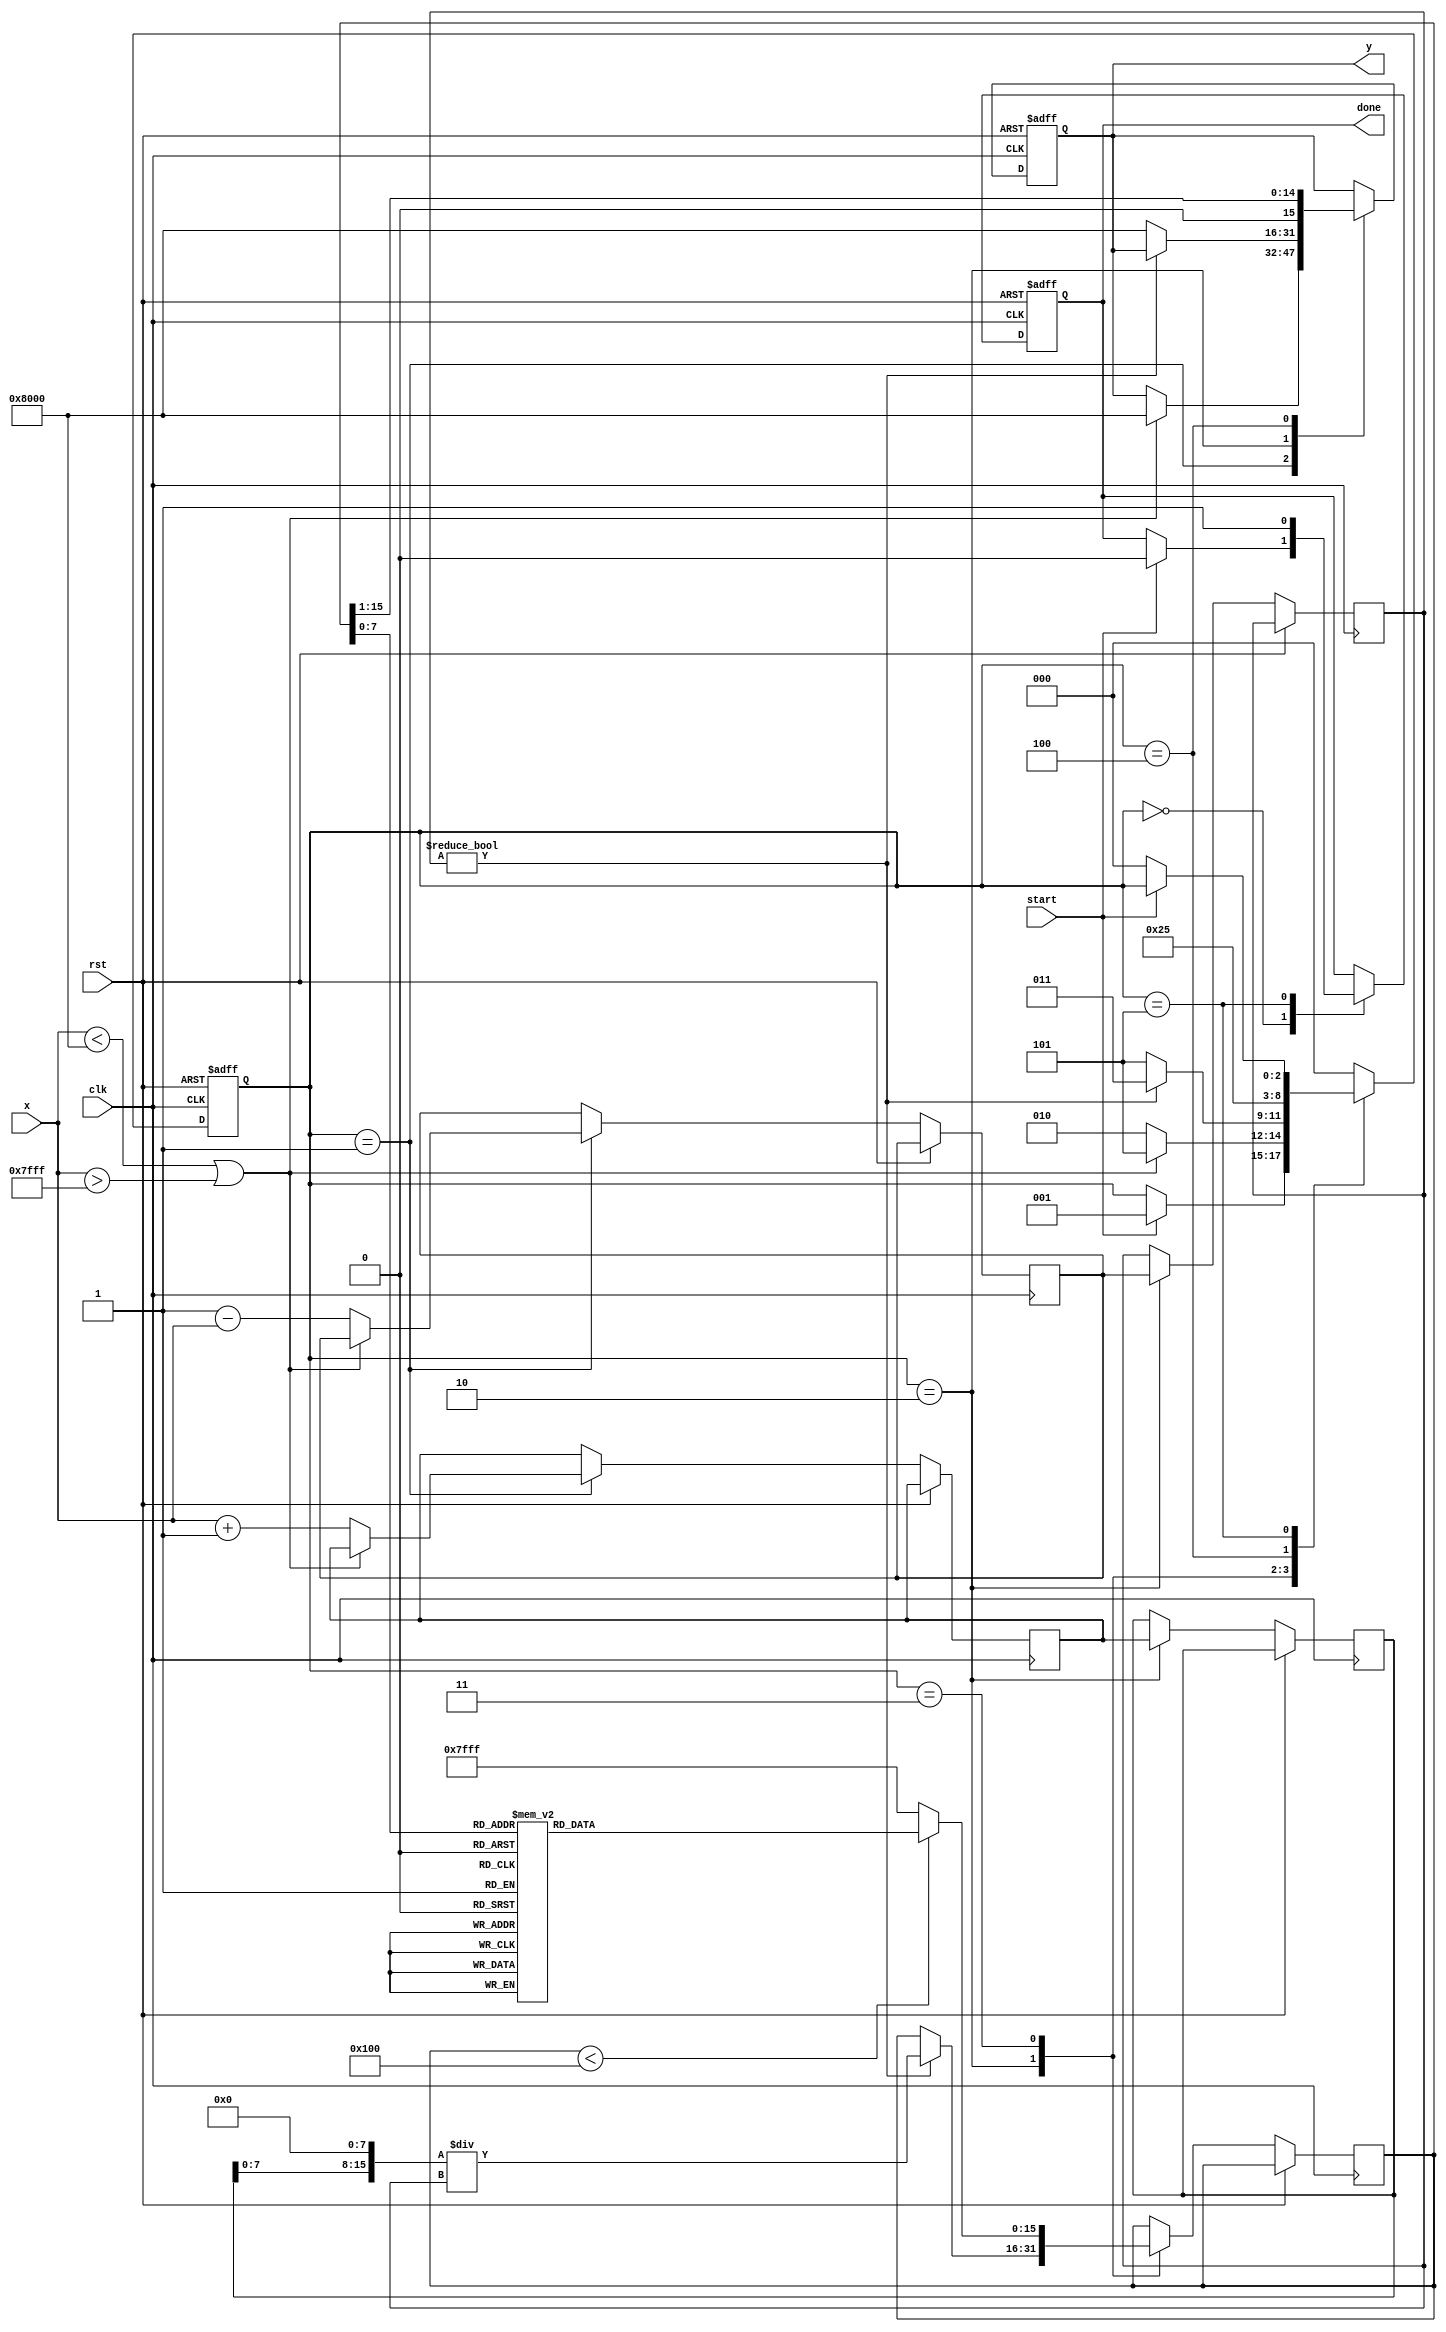
module atanh (
    input  wire signed [15:0] x,  // Input: fixed-point representation of x in range (-1, 1)
    output reg  signed [15:0] y,   // Output: fixed-point representation of atanh(x)
    input  wire clk,
    input  wire rst,
    input  wire start,
    output reg  done
);

    // Internal signals
    reg signed [15:0] x_plus_one;
    reg signed [15:0] x_minus_one;
    reg signed [15:0] numerator;
    reg signed [15:0] denominator;
    reg signed [15:0] log_result;
    reg [2:0] state;

    // State encoding
    localparam IDLE = 3'b000,
               VALIDATE = 3'b001,
               CALCULATE = 3'b010,
               LOGARITHM = 3'b011,
               SCALE = 3'b100,
               DONE = 3'b101;

    // Simple logarithm lookup table (for demonstration purposes)
    reg signed [15:0] log_lut [0:255]; // 256 entries for logarithm approximation

    initial begin
        // Initialize logarithm lookup table (example values)
        // Populate with appropriate logarithm values for your range
        // log_lut[i] = ln(i/256) * 256; // Scale for fixed-point representation
    end

    // Main FSM
    always @(posedge clk or posedge rst) begin
        if (rst) begin
            state <= IDLE;
            y <= 0;
            done <= 0;
        end else begin
            case (state)
                IDLE: begin
                    if (start) begin
                        state <= VALIDATE;
                        done <= 0;
                    end
                end
                
                VALIDATE: begin
                    if (x < -16'h8000 || x > 16'h7FFF) begin
                        // Handle out of range input
                        y <= 16'h8000; // Error value
                        state <= DONE;
                    end else begin
                        // Proceed with calculations
                        x_plus_one <= x + 16'h0001; // 1 + x
                        x_minus_one <= 16'h0001 - x; // 1 - x
                        state <= CALCULATE;
                    end
                end
                
                CALCULATE: begin
                    numerator <= x_plus_one;
                    denominator <= x_minus_one;
                    // Perform division (simple fixed-point division)
                    if (denominator != 0) begin
                        // Fixed-point division
                        // Note: Adjust the bit-widths as necessary for your application
                        log_result <= (numerator << 8) / denominator; // Scale for fixed-point
                        state <= LOGARITHM;
                    end else begin
                        y <= 16'h8000; // Error value for division by zero
                        state <= DONE;
                    end
                end
                
                LOGARITHM: begin
                    // Lookup logarithm value
                    if (log_result < 256) begin
                        log_result <= log_lut[log_result]; // Lookup table
                    end else begin
                        log_result <= 16'h7FFF; // Saturate if out of range
                    end
                    state <= SCALE;
                end
                
                SCALE: begin
                    // Scale result by 1/2
                    y <= log_result >> 1; // Divide by 2
                    state <= DONE;
                end
                
                DONE: begin
                    done <= 1;
                    if (!start) begin
                        state <= IDLE; // Reset state on start signal low
                    end
                end
                
                default: state <= IDLE;
            endcase
        end
    end
endmodule